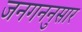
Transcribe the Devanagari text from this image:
जनगननुसार